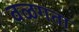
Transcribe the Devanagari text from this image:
वळगता